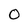
Character: 0